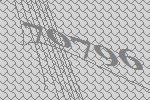
70796